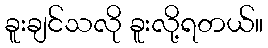
ခူးချင်သလို ခူးလို့ရတယ်။